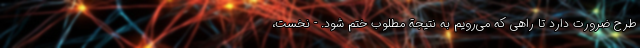
طرح ضرورت دارد تا راهی که می‌رویم به نتیجة مطلوب ختم شود. - نخست،